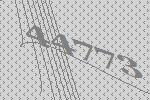
44773